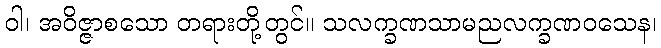
ဝါ၊ အဝိဇ္ဇာစသော တရားတို့တွင်။ သလက္ခဏသာမညလက္ခဏဝသေန၊